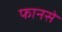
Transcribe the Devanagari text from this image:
फानसे